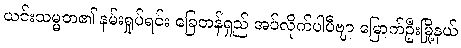
ယင်းသမ္မတ၏ နမ်းရှုပ်ရင်း ခြေတန်ရှည် အပ်လိုက်ပါပီဗျာ မြောက်ဦးမြို့နယ်